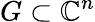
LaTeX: G\subset\mathbb{C}^{n}